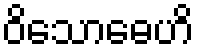
ဝိသောဓေဟိ